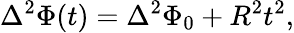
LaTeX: \Delta^{2}\Phi(t)=\Delta^{2}\Phi_{0}+R^{2}t^{2},